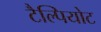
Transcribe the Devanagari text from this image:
टैल्पियोट